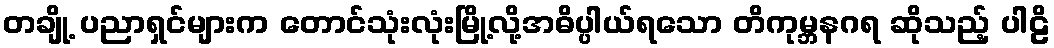
တချို့ ပညာရှင်များက တောင်သုံးလုံးမြို့လို့အဓိပ္ပါယ်ရသော တိကုမ္ဘနဂရ ဆိုသည့် ပါဠိ